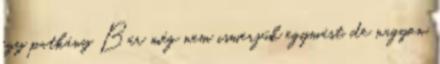
egy patkány Bár még nem ismerjük egymást, de nagyon